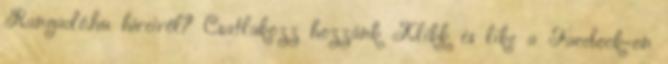
Rangadó.hu híreiről? Csatlakozz hozzánk Klikk és like a Facebook-on